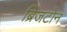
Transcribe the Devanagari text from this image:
ब्रिजटोन